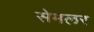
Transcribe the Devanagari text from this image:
सेमलर